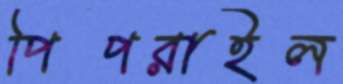
পিপরাইল